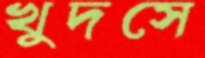
খুদসে